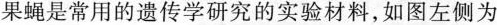
果蝇是常用的遗传学研究的实验材料，如图左侧为